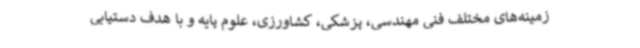
زمینه‌های مختلف فنی مهندسی، پزشکی، کشاورزی، علوم پایه و با هدف دستیابی